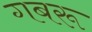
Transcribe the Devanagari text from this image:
गबरू